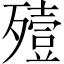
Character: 殪